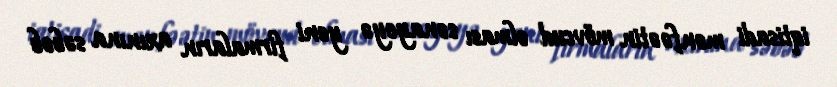
iqtisadi mənfəətin mövcud olması sənayeyə yeni firmaların axınına səbəb